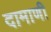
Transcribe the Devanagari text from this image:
दामाणी